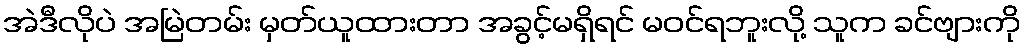
အဲဒီလိုပဲ အမြဲတမ်း မှတ်ယူထားတာ အခွင့်မရှိရင် မဝင်ရဘူးလို့ သူက ခင်ဗျားကို